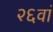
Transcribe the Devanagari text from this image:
२६वां